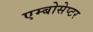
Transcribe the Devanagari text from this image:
एम्बोसेप्टर